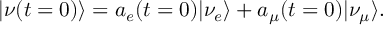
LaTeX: | \nu ( t = 0 ) \rangle = a _ { e } ( t = 0 ) | \nu _ { e } \rangle + a _ { \mu } ( t = 0 ) | \nu _ { \mu } \rangle .